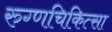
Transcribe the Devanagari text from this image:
रुग्णचिकित्सा